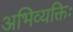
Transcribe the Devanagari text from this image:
अभिव्यक्तिः